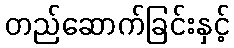
တည်ဆောက်ခြင်းနှင့်